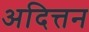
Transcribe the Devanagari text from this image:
अदित्तन